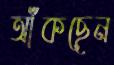
আঁকছেন